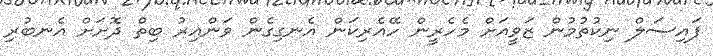
ފައިސަލް ނިކުތުމުން ޒަވީއަށް މެހެރީން ހޭއެރިކަން އެނގިގެން ވަންއިރު ބިތް ދޮށަށް އެނބުރި